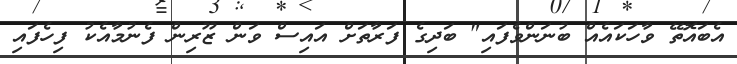
އެބައޮތޭ ވާހަކައެއް ބުނަންވެފައި" ބަދިގެ ފަރާތަށް އައިސް ވަން ޒޫރިން ފެނުމާއެކު ފިހެފައި